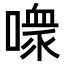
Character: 𪢊